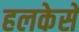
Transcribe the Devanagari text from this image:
हलकेसे